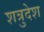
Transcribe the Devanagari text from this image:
शत्रुदेश